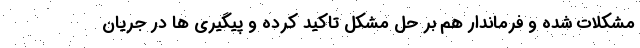
مشکلات شده و فرماندار هم بر حل مشکل تاکید کرده و پیگیری ها در جریان